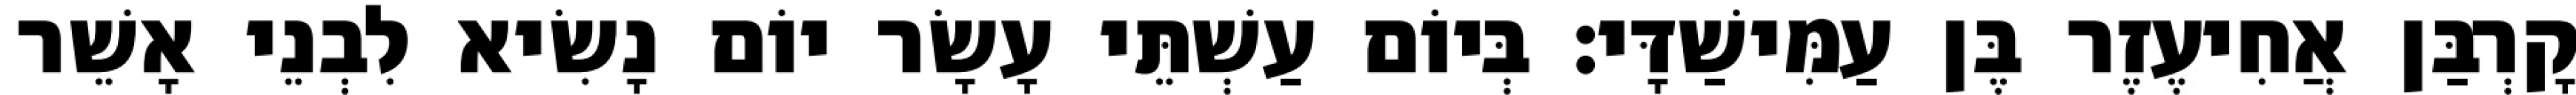
קָרְבַּן אֲחִיעֶזֶר בֶּן עַמִּישַׁדָּי׃ בְּיוֹם עַשְׁתֵּי עָשָׂר יוֹם נָשִׂיא לִבְנֵי אָשֵׁר